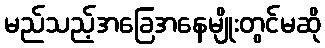
မည်သည့်အခြေအနေမျိုးတွင်မဆို